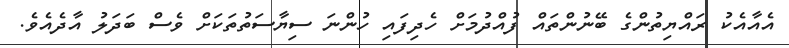
އެއާއެކު ރައްޔިތުންގެ ބޭނުންތައް ފުއްދުމަށް ހެދިފައި ހުންނަ ސިޔާސަތުތަކަށް ވެސް ބަދަލު އާދެއެވެ.